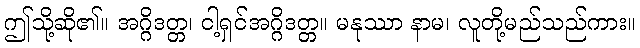
ဤသို့ဆို၏။ အဂ္ဂိဒတ္တ၊ ငါ့ရှင်အဂ္ဂိဒတ္တ။ မနုဿာ နာမ၊ လူတို့မည်သည်ကား။